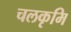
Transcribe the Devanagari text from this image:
चलकृमि